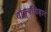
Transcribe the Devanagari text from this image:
वाङ्मयविहार